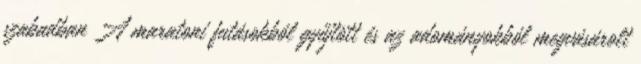
szabadban A maratoni futásokból gyűjtött és az adományokból megvásárolt